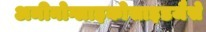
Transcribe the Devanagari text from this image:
अमीनोग्लाइकोसाइडजैसे